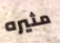
مثيره